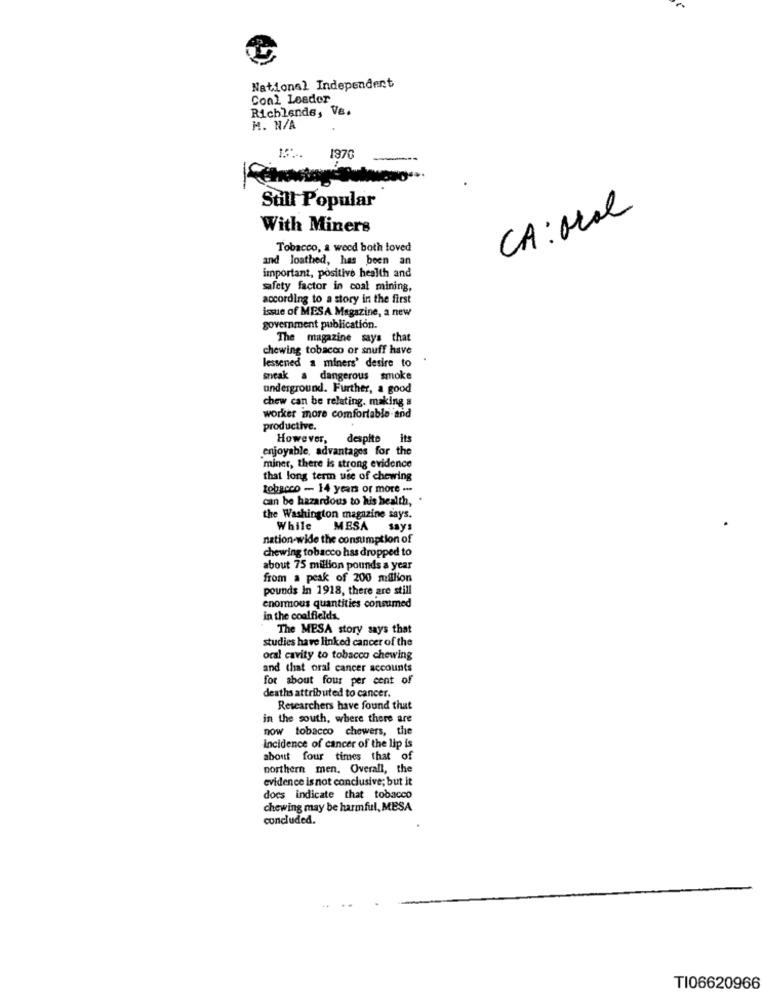
National Independent
Conl Loader
Richlende, Ve.
M. N/A
1970
---
Chowtag Sulucro".
Still Popular
CA: oral
With Miners
Tobacco, a weed both loved
and loathed, has been an
important, positive health and
safety factor in coal mining,
according to a story in the first
issue of MESA Magazine, a new
government publication.
The magazine says that
chewing tobacco or snuff have
lessened a miners' desire to
sneak a dangerous smoke
underground. Further, a good
chew can be relating. making a
worker more comfortable and
productive.
However, despite its
enjoyable, advantages for the
miner, there is strong evidence
that long term use of chewing
tobacco - 14 years or more ---
coin be hazardous to his health, .
the Washington magazine says.
While MESA
says
nation-wide the consumption of
chewing tobacco has dropped to
about 75 million pounds a year
from a peak of 200 million
pounds In 1918, there are still
enormous quantities consumed
in the coalfields
The MESA story says that
studies have linked cancer of the
oral cavity to tobacco chewing
and that oral cancer accounts
for about four per cent of
deaths attributed to cancer.
Researchers have found that
in the south, where there are
now tobacco chewers, the
incidence of cancer of the lip is
about four times that of
northern men. Overall, the
evidence is not conclusive; but it
does indicate that tobacco
chewing may be harmful, MESA
concluded.
TI06620966